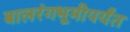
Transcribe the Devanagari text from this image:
बालरंगभूमीपर्यंत